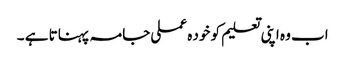
اب وہ اپنی تعلیم کو خود ہ عملی جامہ پہناتا ہے ۔